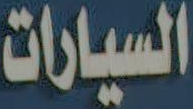
السيارات